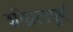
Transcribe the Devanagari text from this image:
शीघ्रतापूर्ण